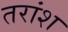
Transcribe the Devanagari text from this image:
तरांश